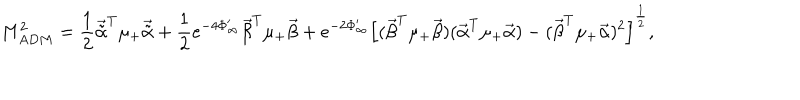
M _ { A D M } ^ { 2 } = { \frac { 1 } { 2 } } { \vec { \tilde { \alpha } } ^ { T } } \mu _ { + } { \vec { \tilde { \alpha } } } + { { \frac { 1 } { 2 } } } e ^ { - 4 \Phi _ { \infty } ^ { \prime } } { \vec { \beta } } ^ { T } \mu _ { + } { \vec { \beta } } + e ^ { - 2 \Phi _ { \infty } ^ { \prime } } \left[ ( { \vec { \beta } } ^ { T } \mu _ { + } { \vec { \beta } } ) ( { \vec { \alpha } } ^ { T } \mu _ { + } { \vec { \alpha } } ) - ( { \vec { \beta } } ^ { T } \mu _ { + } { \vec { \alpha } } ) ^ { 2 } \right] ^ { \frac { 1 } { 2 } } ,